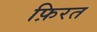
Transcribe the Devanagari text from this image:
फ़िरत